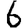
Digit: 6